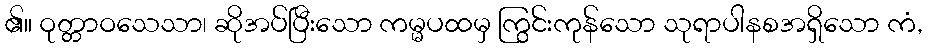
၏။ ဝုတ္တာဝသေသာ၊ ဆိုအပ်ပြီးသော ကမ္မပထမှ ကြွင်းကုန်သော သုရာပါနစအရှိသော ကံ,